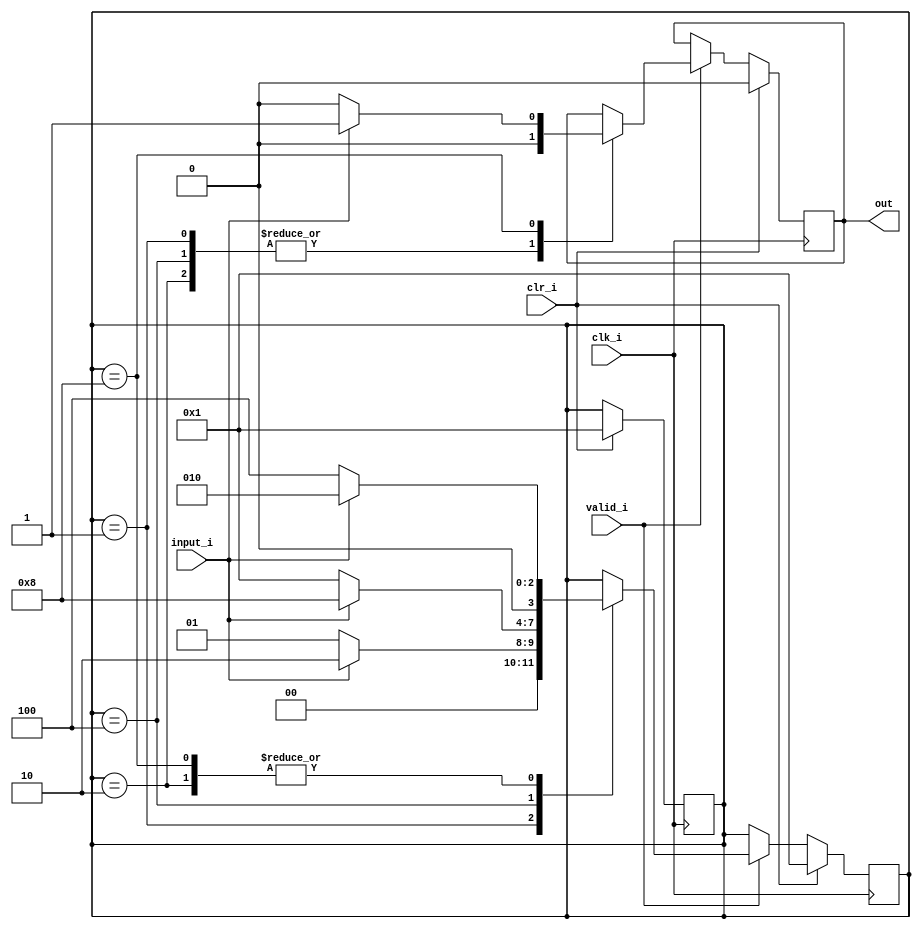
module mealey(clk_i,clr_i,input_i,valid_i,out);
parameter S_R=4'b0001;
parameter S_B=4'b0010;
parameter S_BC=4'b0100;
parameter S_BCB=4'b1000;

input clk_i,clr_i,input_i,valid_i;
output reg out;

reg[3:0] present_state;
reg[3:0] next_state;


always @(posedge clk_i)begin
	if(clr_i)begin
		out=0;
		present_state=S_R;
		next_state=S_R;
	end

	else begin
		if(valid_i)begin
			case (present_state)
				S_R:begin
					if (input_i)begin
						out=0;
						next_state=S_B;
					end

					else begin
						out=0;
						next_state=S_R;
					end
				end

				S_B:begin
					if (input_i)begin
						out=0;
						next_state=S_B;
					end

					else begin
						out=0;
						next_state=S_BC;
					end
				end

				S_BC:begin
					if (input_i)begin
						out=0;
						next_state=S_BCB;
					end

					else begin
						out=0;
						next_state=S_R;
					end
				end

				S_BCB:begin
					if (input_i)begin
						out=1;
						next_state=S_B;
					end

					else begin
						out=0;
						next_state=S_BC;
					end
				end
			endcase
		end
	end
end

always @(next_state)begin
	present_state=next_state;
end
endmodule